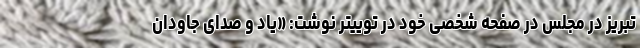
تبریز در مجلس در صفحه شخصی خود در توییتر نوشت: «یاد و صدای جاودان